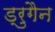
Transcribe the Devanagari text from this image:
ड्रुगैन